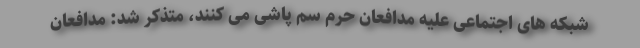
شبکه های اجتماعی علیه مدافعان حرم سم پاشی می کنند، متذکر شد: مدافعان